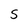
Character: S